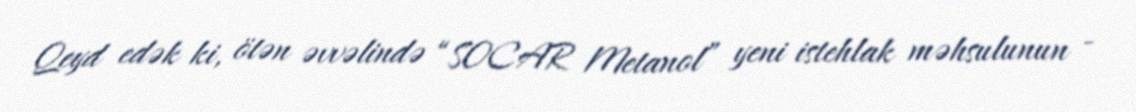
Qeyd edək ki, ötən əvvəlində “SOCAR Metanol” yeni istehlak məhsulunun -